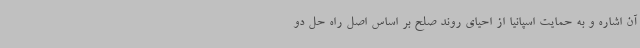
آن اشاره و به حمایت اسپانیا از احیای روند صلح بر اساس اصل راه حل دو